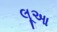
લૂઆ